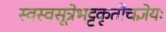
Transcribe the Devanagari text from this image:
स्वस्वसूत्रेभट्टकृतौचज्ञेयः